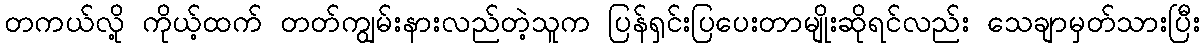
တကယ်လို့ ကိုယ့်ထက် တတ်ကျွမ်းနားလည်တဲ့သူက ပြန်ရှင်းပြပေးတာမျိုးဆိုရင်လည်း သေချာမှတ်သားပြီး